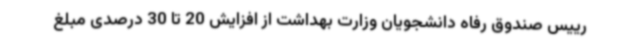
رییس صندوق رفاه دانشجویان وزارت بهداشت از افزایش 20 تا 30 درصدی مبلغ